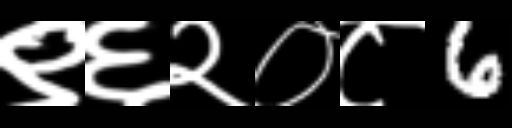
Text: ९६२०८6